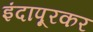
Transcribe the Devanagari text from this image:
इंदापूरकर